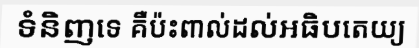
ទំនិញទេ គឺប៉ះពាល់ដល់អធិបតេយ្យ